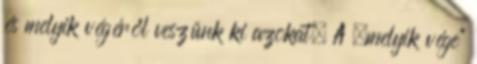
és melyik végéről veszünk ki azokat. A „melyik vége”